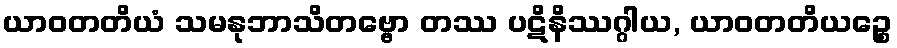
ယာဝတတိယံ သမနုဘာသိတဗ္ဗော တဿ ပဋိနိဿဂ္ဂါယ, ယာဝတတိယဉ္စေ